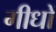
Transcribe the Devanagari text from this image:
गीधों